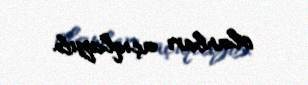
olanları açıqlayıb.